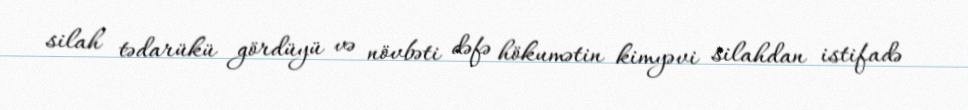
silah tədarükü gördüyü və növbəti dəfə hökumətin kimyəvi silahdan istifadə